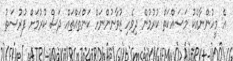
އެ މީހުންނާއެކު މަސައްކަތް ކުރުމުން ދިވެހި ޒުވާނުންނަށް ކަންތައްތައް ދަސް ކުރުމަށް ފުރުސަތު